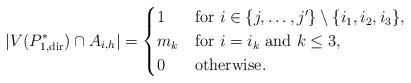
LaTeX: \begin{align*} |V(P^*_{1,{\rm dir}}) \cap A_{i,h}| &= \begin{cases}1& \textrm{for $i \in \{j, \dots, j'\} \setminus \{i_1, i_2, i_3 \}$,}\\m_k& \textrm{for $i = i_k$ and $k \le 3$,}\\0& \textrm{otherwise.} \end{cases}\end{align*}